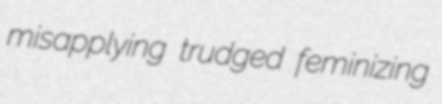
misapplying trudged feminizing